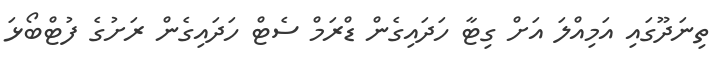
ތިނަދޫގައި އަމިއްލަ އަށް ގިޓާ ހަދައިގެން ޑްރަމް ސެޓް ހަދައިގެން ރަށުގެ ފުޓްބޯޅަ